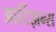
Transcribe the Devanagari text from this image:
आर्टिझन्स